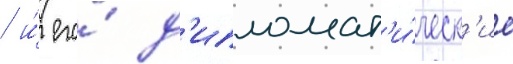
/ и́ его́ д'ипломат'и́ческ'ие